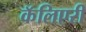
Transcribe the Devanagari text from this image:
कॅलिएरी